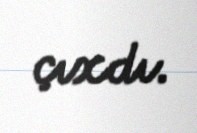
çıxdı.